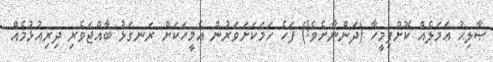
ޞާލިޙު ޢަމަލެއް ކޮށްފިމީހާ (ދަންނާށެވެ!) ފަހެ ހަމަކަށަވަރުން އެމީހަކަށް ރަނގަޅު ބާއްޖަވެރި ދިރިއުޅުމެއް